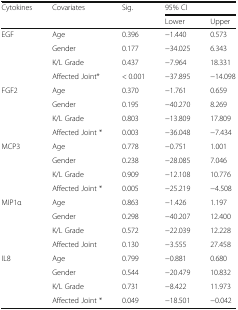
<table><thead><tr><td rowspan="2"><b>Cytokines</b></td><td rowspan="2"><b>Covariates</b></td><td rowspan="2"><b>Sig.</b></td><td colspan="2"><b>95% CI</b></td></tr><tr><td><b>Lower</b></td><td><b>Upper</b></td></tr></thead><tbody><tr><td rowspan="4">EGF</td><td>Age</td><td>0.396</td><td>−1.440</td><td>0.573</td></tr><tr><td>Gender</td><td>0.177</td><td>−34.025</td><td>6.343</td></tr><tr><td>K/L Grade</td><td>0.437</td><td>−7.964</td><td>18.331</td></tr><tr><td>Affected Joint*</td><td>&lt; 0.001</td><td>−37.895</td><td>−14.098</td></tr><tr><td rowspan="4">FGF2</td><td>Age</td><td>0.370</td><td>−1.761</td><td>0.659</td></tr><tr><td>Gender</td><td>0.195</td><td>−40.270</td><td>8.269</td></tr><tr><td>K/L Grade</td><td>0.803</td><td>−13.809</td><td>17.809</td></tr><tr><td>Affected Joint *</td><td>0.003</td><td>−36.048</td><td>−7.434</td></tr><tr><td rowspan="4">MCP3</td><td>Age</td><td>0.778</td><td>−0.751</td><td>1.001</td></tr><tr><td>Gender</td><td>0.238</td><td>−28.085</td><td>7.046</td></tr><tr><td>K/L Grade</td><td>0.909</td><td>−12.108</td><td>10.776</td></tr><tr><td>Affected Joint *</td><td>0.005</td><td>−25.219</td><td>−4.508</td></tr><tr><td rowspan="4">MIP1α</td><td>Age</td><td>0.863</td><td>−1.426</td><td>1.197</td></tr><tr><td>Gender</td><td>0.298</td><td>−40.207</td><td>12.400</td></tr><tr><td>K/L Grade</td><td>0.572</td><td>−22.039</td><td>12.228</td></tr><tr><td>Affected Joint</td><td>0.130</td><td>−3.555</td><td>27.458</td></tr><tr><td rowspan="4">IL8</td><td>Age</td><td>0.799</td><td>−0.881</td><td>0.680</td></tr><tr><td>Gender</td><td>0.544</td><td>−20.479</td><td>10.832</td></tr><tr><td>K/L Grade</td><td>0.731</td><td>−8.422</td><td>11.973</td></tr><tr><td>Affected Joint *</td><td>0.049</td><td>−18.501</td><td>−0.042</td></tr></tbody></table>